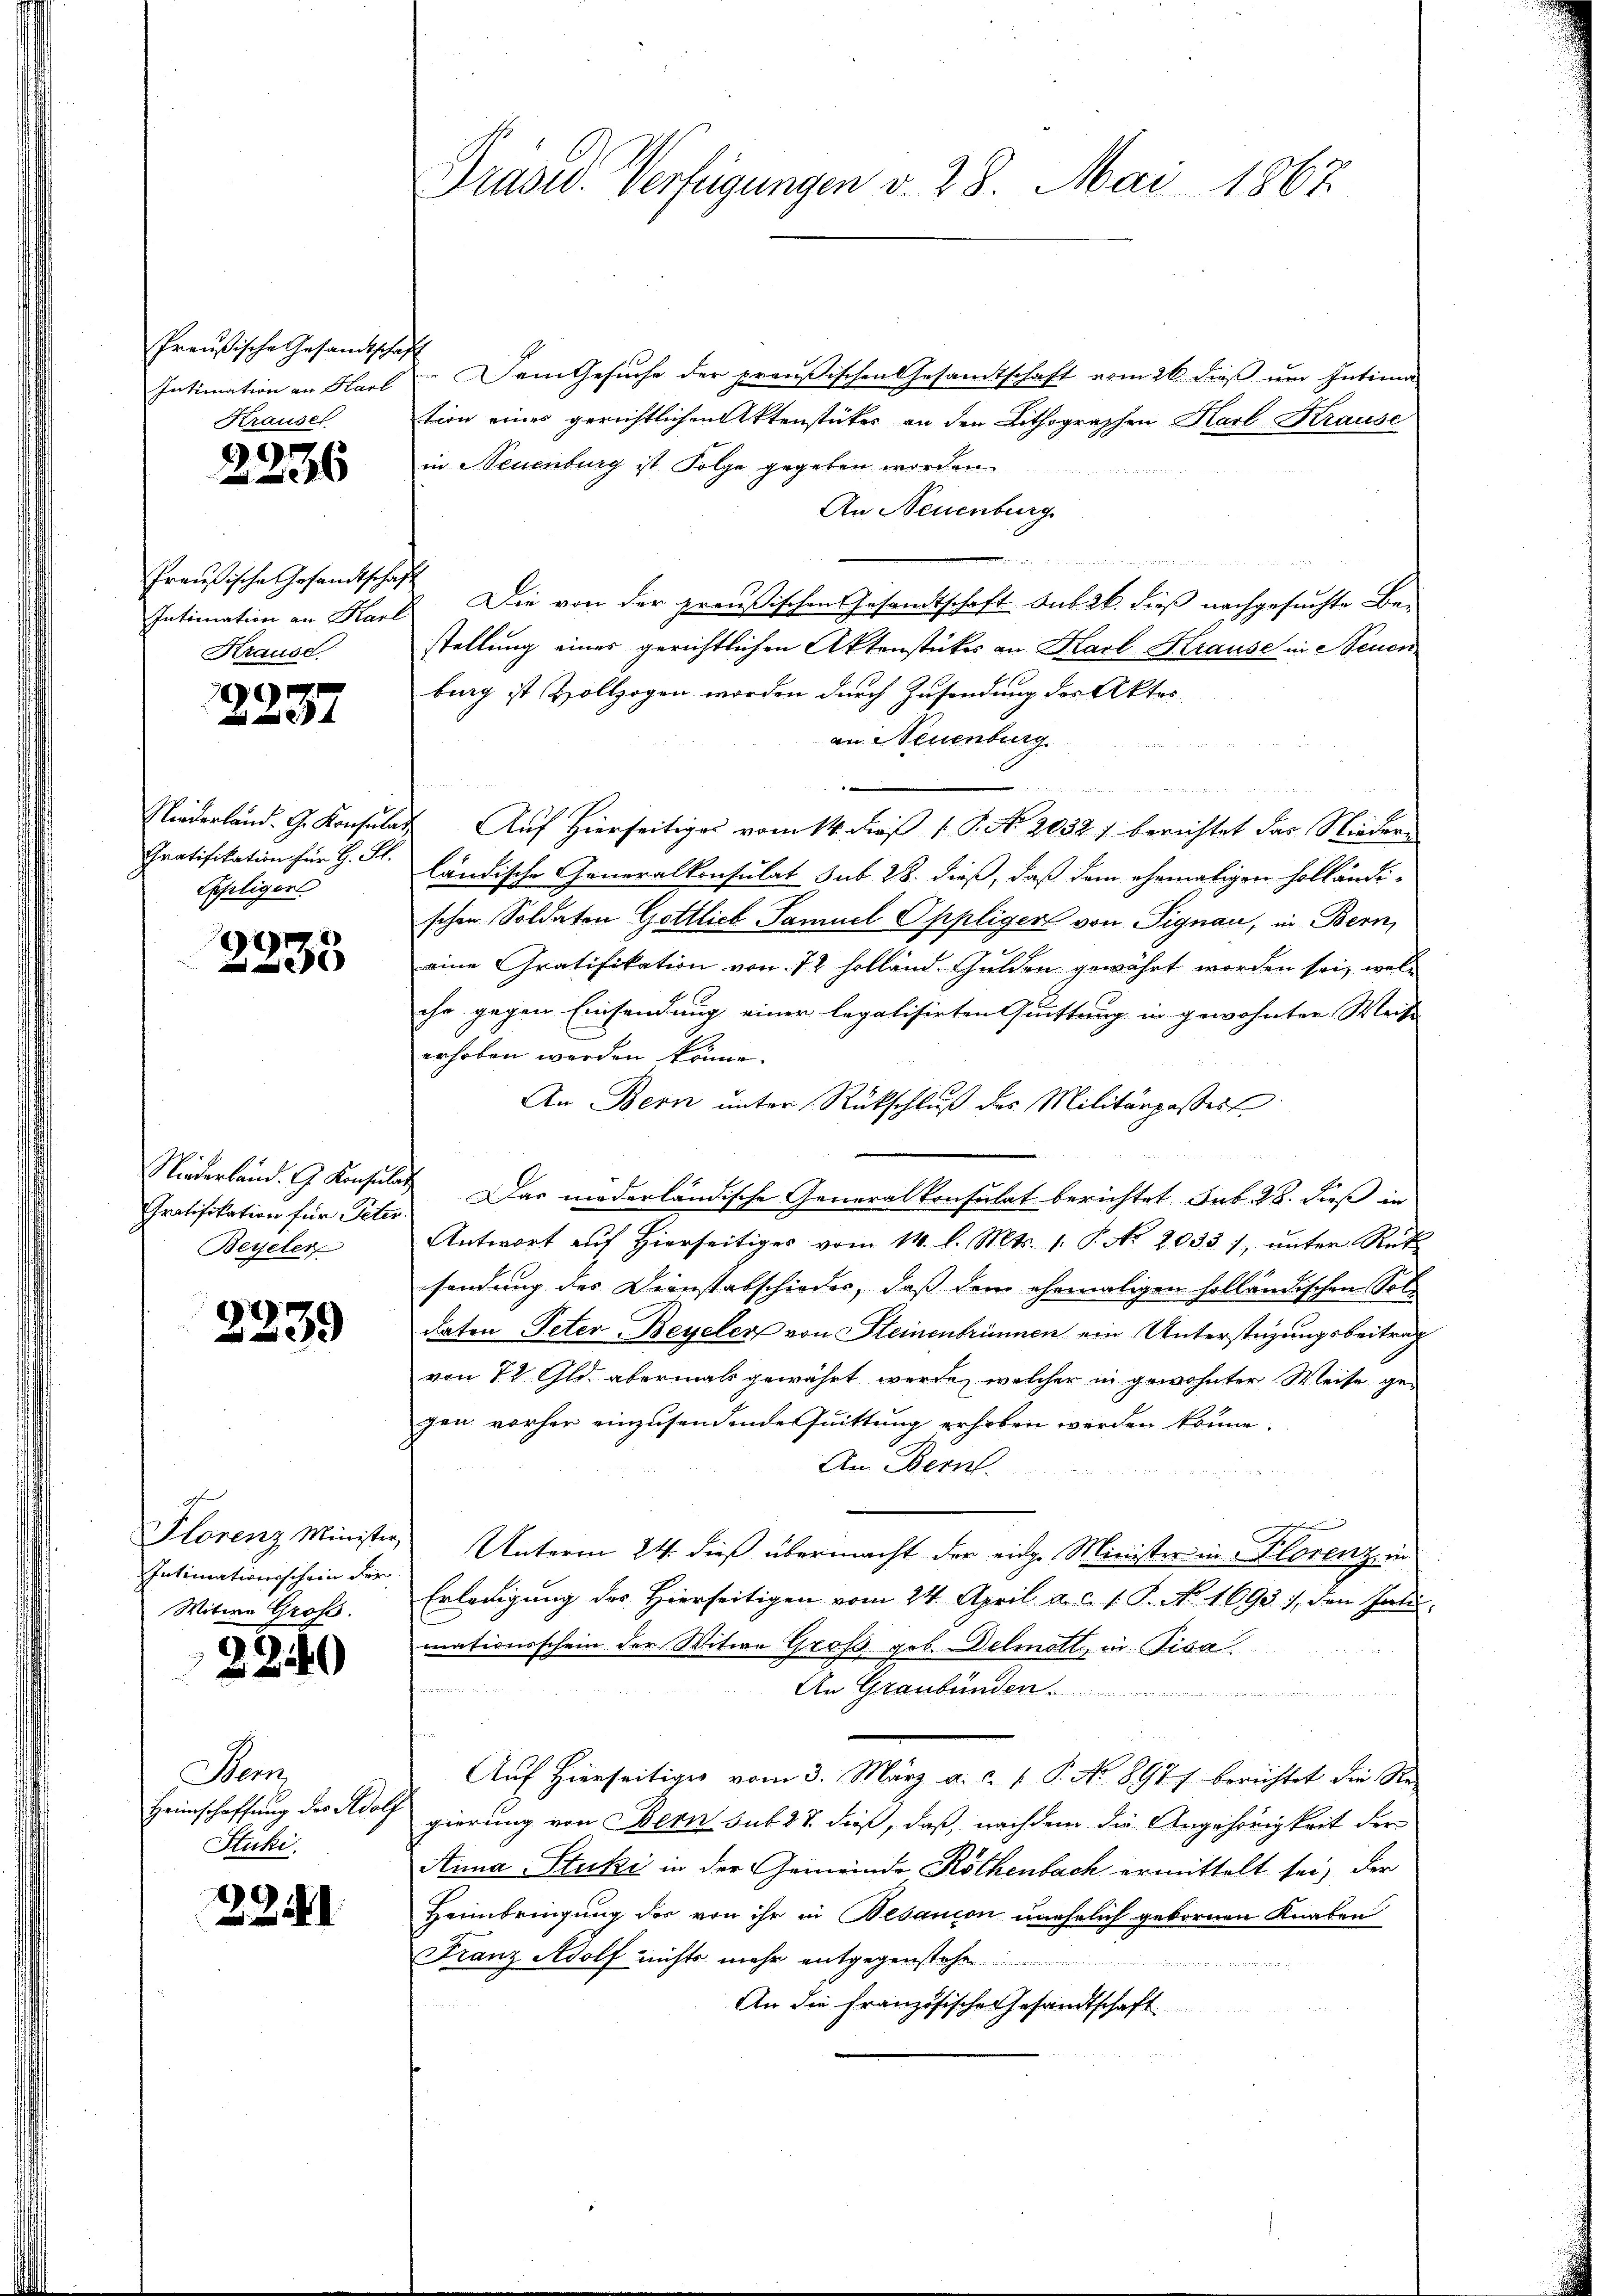
Preußische Gesandtscha
Intimation an Hart
Krausel

2236

Preußische Gesandtschaf
Intimation an Karl
Krause

2237

Niederland. G. Konsula.
Gratifikation für H. St.
Eiliger

2233

Niederland. G. Konsula
Gratifikation für Peter.
Beyeler

2239

Florenz Minister,
Intimationsschein der
Witwe Groß

22540

Sem
Heimschaffung des Adolf
Stuki.

2251

Präsid. Verfügungen v. 28. Mai 1867.

Dem Gesuche der preußischen Gesandtschaft vom 26. dieß um Intima
tion eines gerichtlichen Aktenstückes an den Lithographen Karl Krause
in Neuenburg ist. Folge gegeben worden
An Neuenburg
 erden in eigen
Die von der preußischen Gesandtschaft sub 26. dieß nachgesuchte Bestellung eines gerichtlichen Aktenstückes an Karl Krause in Neuen
burg ist Vollzogen worden durch Zusendung der Aktes
an Neuenburg
 422 4tr Kleide
Auf Hierseitiges vom 14. dieß P. P. N. 2032 / berichtet das Niedern
ländische Generalkonsulat sub 28. dieß, daß dem ehemaligen Holländi-
schen Soldaten Gottlieb Samuel Oppliger von Signau, in Bern,
.
eine Gratifikation von 72 Holland Gulden gewährt worden sei, welc
ihr gegen Einsendung einer legalisirten Quittung in gewohnter Weise
erhoben werden könne.
An Bern unter Rückschluß des Militärpassert
Das moderländische Generalkonsulat berichtet sub 28. dieß in
Antwort aŭf hierseitiges vom 14. l. Mts. 1. P. Nr. 2033 /, ŭnter Rek
sendung des Dienstabschieder, daß dem ehemaligen holländischen Soldaten Peter Beyeler von Steinenbrunnen ein Unterstüzungsbeitrag
von 70 Gld. abermals gewährt werde, welcher in gewohnter Weise gegen vorher einzusendende Quittung erhoben werden könne.
An Bern.
e
Unterm 24. dieß übermacht der eine Minister in Florenz, in
Erledigung des Hierseitigen vom 24. April a. c. s. P. No. 1693. 1, den Inte-
mationsschein der Witwe Groß geb. Delmatt, in Pisa
An Graubünden
 28
Auf Hierseitiges vom 3. März a. c. 1 P. No 8977 berichtet die Re-
gierung von Bern sub 28. dieß, daß, nachdem die Angehörigkeit der
Anna Stuki in der Gemeinde Röthenbach ermittelt sei, der
Heimbringung des von ihr in Besanion unehelich gebornen Knaben
Franz Adolf nichts mehr entgegenstehe
An die französische Gesandtschaft